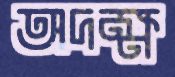
অদক্ষ